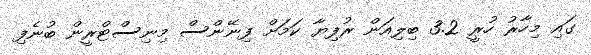
ގައި މިހާރު ހުރީ 3.2 ބިލިއަން ރުފިޔާ ކަމަށް ފިނޭންސް މިނިސްޓްރީން ބުނެފި